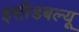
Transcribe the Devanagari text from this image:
इसीडबल्यू